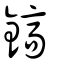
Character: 鎬